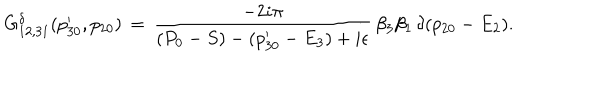
G _ { 1 2 , 3 1 } ^ { \delta } ( p _ { 3 0 } ^ { \prime } , p _ { 2 0 } ) \, = \, { \frac { - 2 i \pi } { ( P _ { 0 } - S ) - ( p _ { 3 0 } ^ { \prime } - E _ { 3 } ) + i \epsilon } } \, \beta _ { 3 } \beta _ { 1 } \, \delta ( p _ { 2 0 } - E _ { 2 } ) .